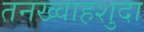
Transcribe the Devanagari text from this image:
तनख्वाहशुदा